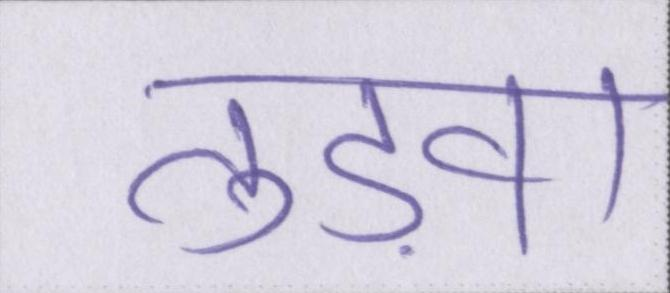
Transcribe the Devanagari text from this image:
तुड़वा